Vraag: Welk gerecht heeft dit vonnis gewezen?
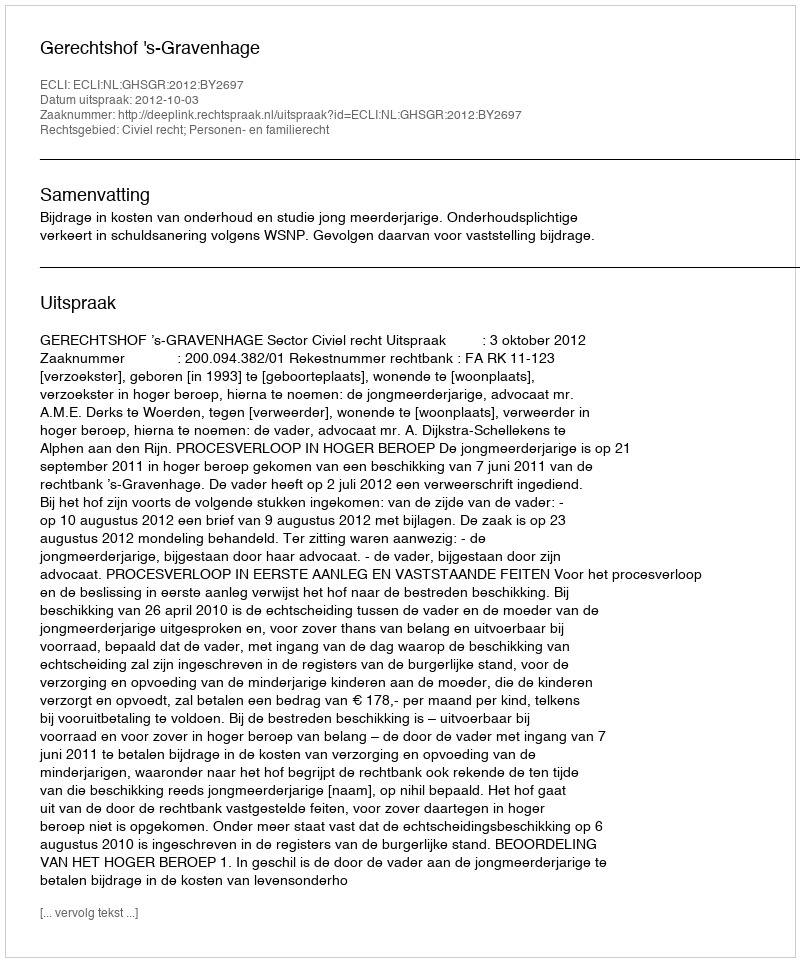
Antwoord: Gerechtshof 's-Gravenhage